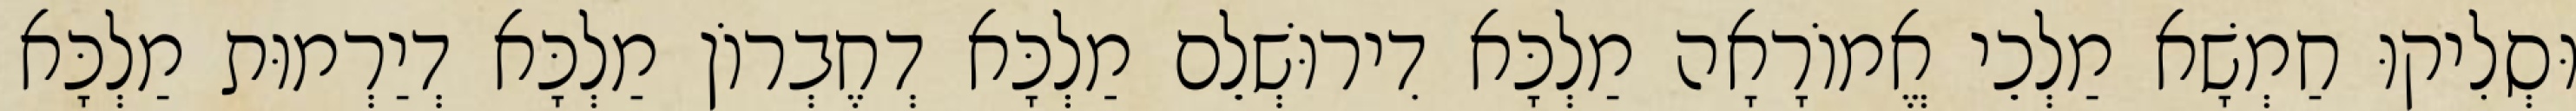
וּסְלִיקוּ חַמְשָׁא מַלְכֵי אֱמוֹרָאָה מַלְכָּא דִירוּשְׁלֵם מַלְכָּא דְחֶבְרוֹן מַלְכָּא דְיַרְמוּת מַלְכָּא